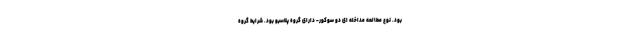
بود. نوع مطالعه مداخله ای دو سوکور- دارای گروه پلاسبو بود. شرایط گروه